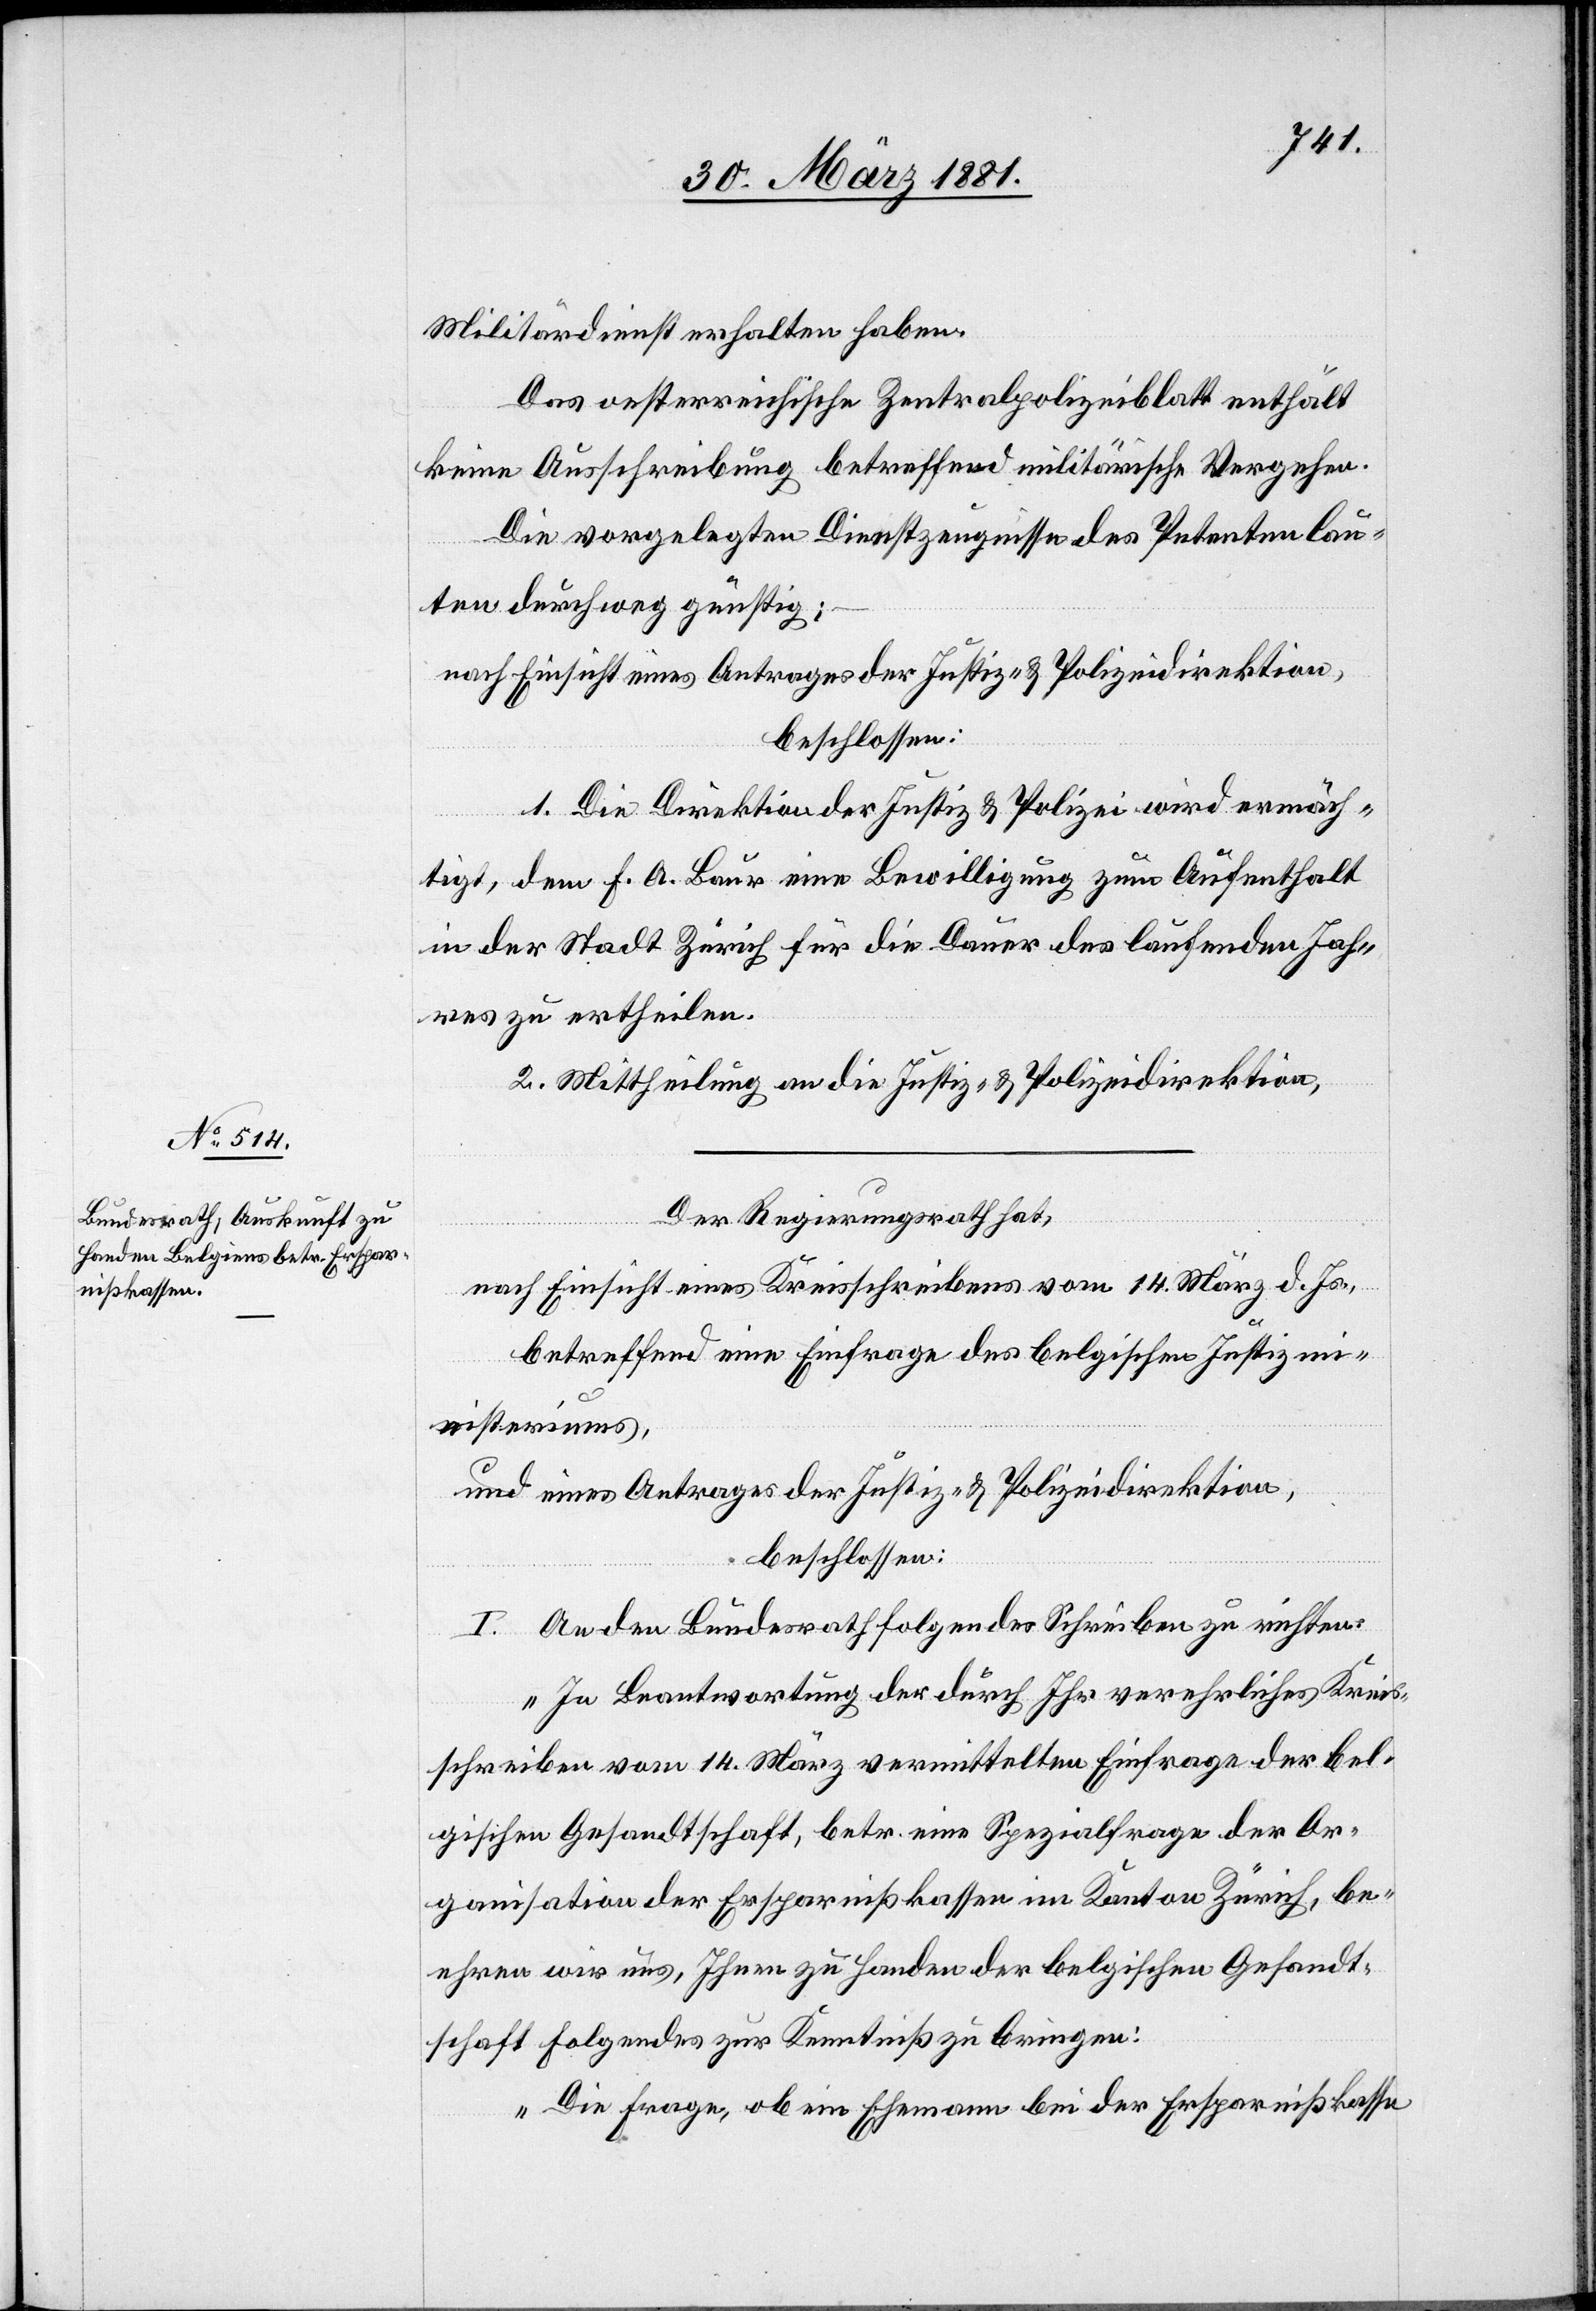
Militärdienst erhalten haben.
Das oesterreichische Zentralpolizeiblatt enthält
keine Ausschreibung betreffend militärische Vergehen.
Die vorgelegten Dienstzeugnisse des Petenten lau¬
ten durchweg günstig;
nach Einsicht eines Antrages der Justiz- & Polizeidirektion,
beschlossen:
1. Die Direktion der Justiz & Polizei wird ermäch¬
tigt, dem F. A. Baur eine Bewilligung zum Aufenthalt
in der Stadt Zürich für die Dauer des laufenden Jahr¬
es zu ertheilen.
2. Mittheilung an die Justiz- & Polizeidirektion.
Der Regierungsrath hat,
nach Einsicht eines Kreisschreibens vom 14. März d. Js.,
betreffend eine Einfrage des belgischen Justizmi¬
nisteriums,
und eines Antrages der Justiz- & Polizeidirektion,
beschlossen:
An den Bundesrath folgendes Schreiben zu richten:
„In Beantwortung der durch Ihr verehrliches Kreis¬
schreiben vom 14. März vermittelten Einfrage der bel¬
gischen Gesandtschaft, betr. eine Spezialfrage der Or¬
ganisation der Ersparnißkassen im Kanton Zürich, be¬
ehren wir uns, Ihnen zu Handen der belgischen Gesandt¬
schaft folgendes zur Kenntniß zu bringen:
Die Frage, ob ein Ehemann bei der Ersparnißkasse